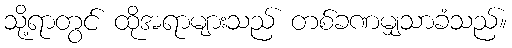
သို့ရာတွင် ထိုအရာများသည် တစ်ခဏမျှသာခံသည်။